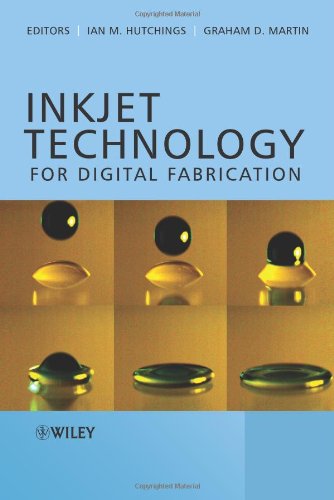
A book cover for Inkjet Technology for Digital Fabrication; Computers & Technology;